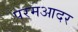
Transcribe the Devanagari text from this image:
परमआदर